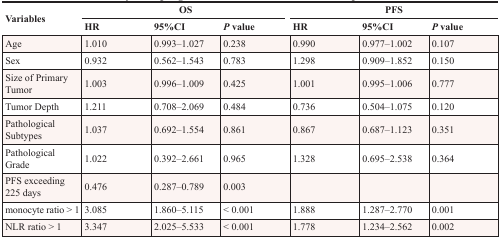
<table><thead><tr><td rowspan="2"><b>Variables</b></td><td colspan="3"><b>OS</b></td><td colspan="3"><b>PFS</b></td></tr><tr><td><b>HR</b></td><td><b>95%CI</b></td><td><b><i>P</i> value</b></td><td><b>HR</b></td><td><b>95%CI</b></td><td><b><i>P</i> value</b></td></tr></thead><tbody><tr><td>Age</td><td>1.010</td><td>0.993–1.027</td><td>0.238</td><td>0.990</td><td>0.977–1.002</td><td>0.107</td></tr><tr><td>Sex</td><td>0.932</td><td>0.562–1.543</td><td>0.783</td><td>1.298</td><td>0.909–1.852</td><td>0.150</td></tr><tr><td>Size of Primary Tumor</td><td>1.003</td><td>0.996–1.009</td><td>0.425</td><td>1.001</td><td>0.995–1.006</td><td>0.777</td></tr><tr><td>Tumor Depth</td><td>1.211</td><td>0.708–2.069</td><td>0.484</td><td>0.736</td><td>0.504–1.075</td><td>0.120</td></tr><tr><td>Pathological Subtypes</td><td>1.037</td><td>0.692–1.554</td><td>0.861</td><td>0.867</td><td>0.687–1.123</td><td>0.351</td></tr><tr><td>Pathological Grade</td><td>1.022</td><td>0.392–2.661</td><td>0.965</td><td>1.328</td><td>0.695–2.538</td><td>0.364</td></tr><tr><td>PFS exceeding 225 days</td><td>0.476</td><td>0.287–0.789</td><td>0.003</td><td></td><td></td><td></td></tr><tr><td>monocyte ratio &gt; 1</td><td>3.085</td><td>1.860–5.115</td><td>&lt; 0.001</td><td>1.888</td><td>1.287–2.770</td><td>0.001</td></tr><tr><td>NLR ratio &gt; 1</td><td>3.347</td><td>2.025–5.533</td><td>&lt; 0.001</td><td>1.778</td><td>1.234–2.562</td><td>0.002</td></tr></tbody></table>